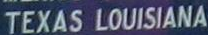
TEXAS LOUISIANA